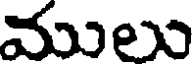
ములు